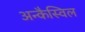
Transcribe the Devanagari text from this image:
अन्कैस्विल